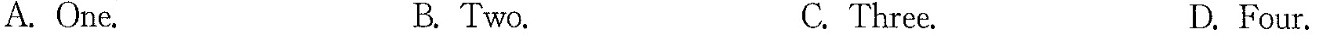
A.One. B.Two. C.Three. D.Four.